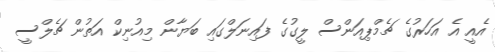
އެއީ އެ އަހަރުގެ ޗެމްޕިއަންސް ލީގުގެ ފައިނަލްގައި ބަޔާން މިއުނިކް އަތުން ޗެލްސީ